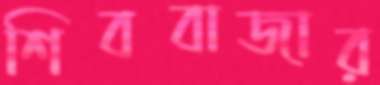
শিববাজার